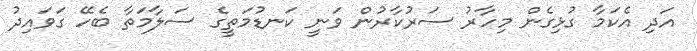
އަދި އެކަމާ ގުޅިގެން މިހާރު ސަރުކާރުން ވަނީ ކަނޑުމަތީގެ ސަލާމަތާ ބެހޭ ގަވައިދު